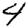
Digit: 4